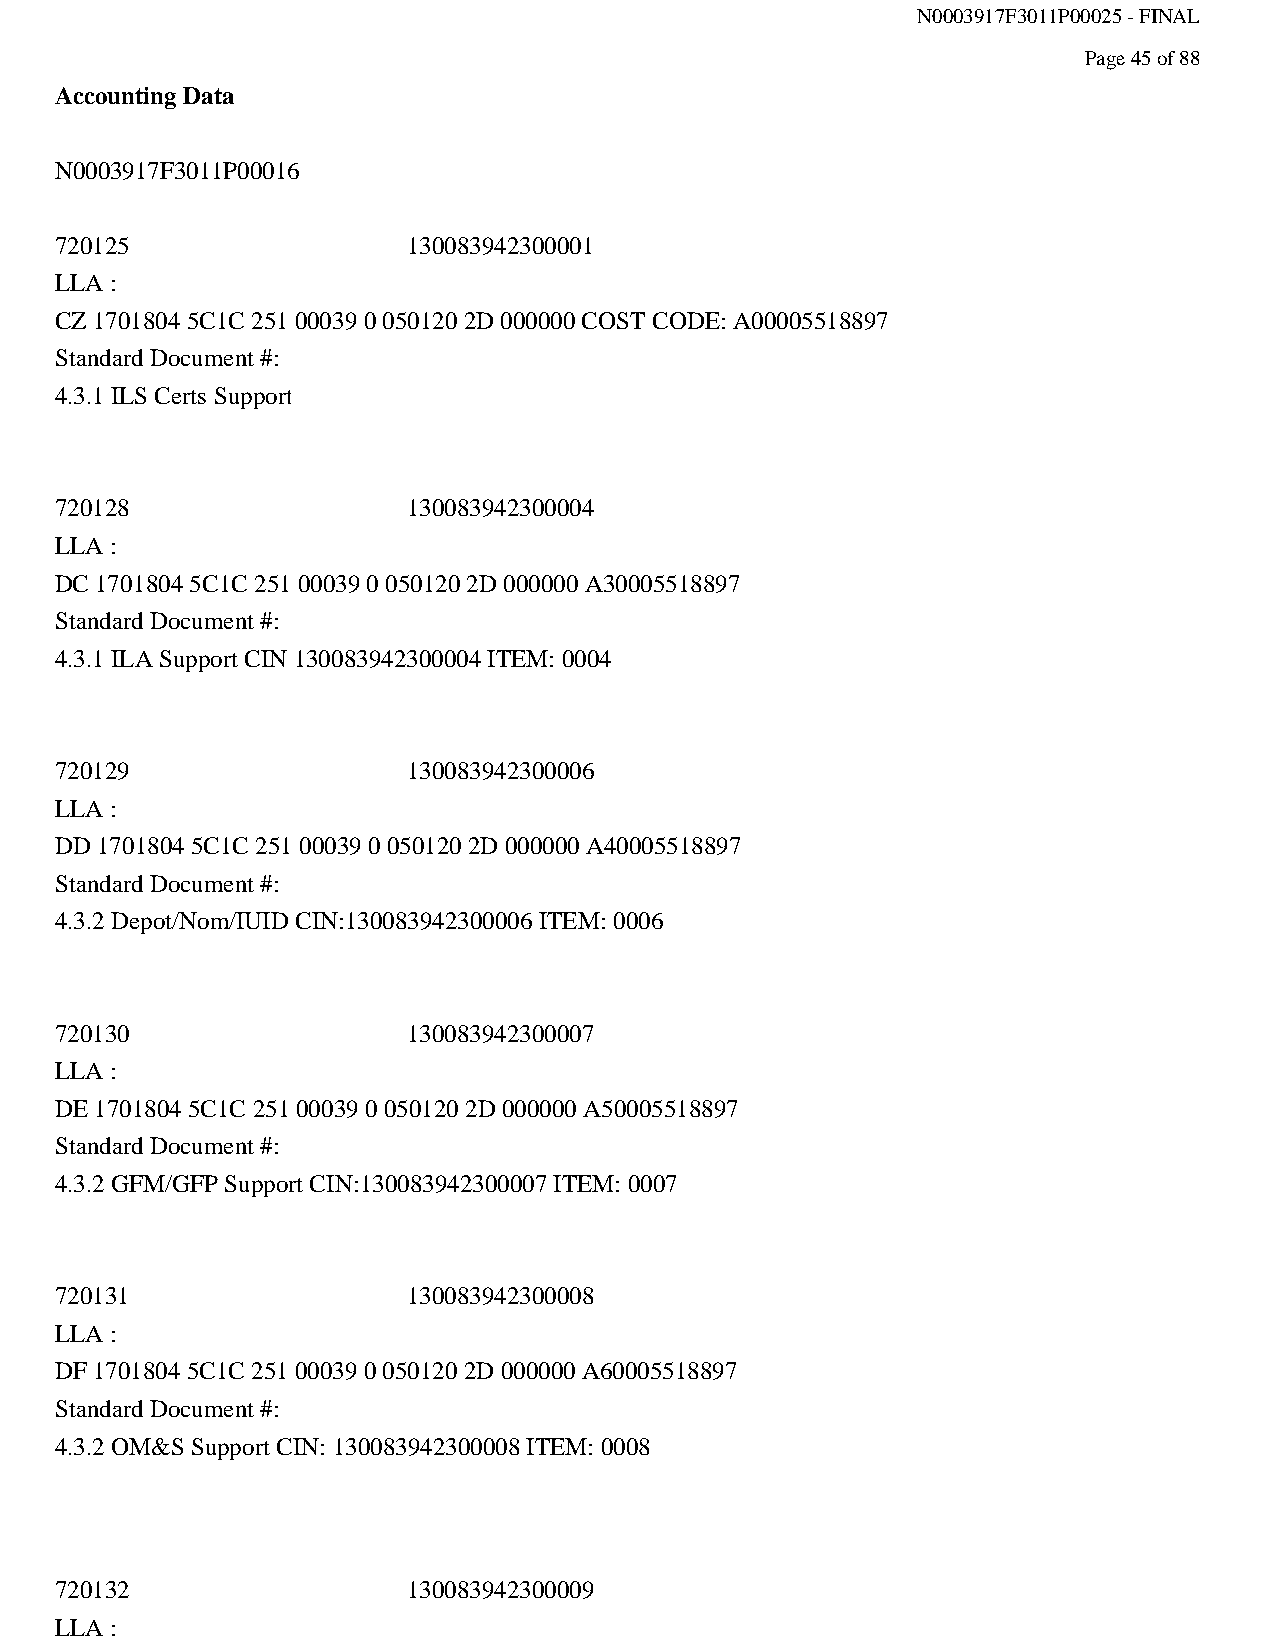
N0003917F3011P00025 - FINAL
 Page 45 of 88
 Accounting Data
 N0003917F3011P00016
 720125                 130083942300001
 LLA :
 CZ 1701804 5C1C 251 00039 0 050120 2D 000000 COST CODE: A00005518897
 Standard Document #:
 4.3.1 ILS Certs Support
 720128                 130083942300004
 LLA :
 DC 1701804 5C1C 251 00039 0 050120 2D 000000 A30005518897
 Standard Document #:
 4.3.1 ILA Support CIN 130083942300004 ITEM: 0004
 720129                 130083942300006
 LLA :
 DD 1701804 5C1C 251 00039 0 050120 2D 000000 A40005518897
 Standard Document #:
 4.3.2 Depot/Nom/IUID CIN:130083942300006 ITEM: 0006
 720130                 130083942300007
 LLA :
 DE 1701804 5C1C 251 00039 0 050120 2D 000000 A50005518897
 Standard Document #:
 4.3.2 GFM/GFP Support CIN:130083942300007 ITEM: 0007
 720131                 130083942300008
 LLA :
 DF 1701804 5C1C 251 00039 0 050120 2D 000000 A60005518897
 Standard Document #:
 4.3.2 OM&S Support CIN: 130083942300008 ITEM: 0008
 720132                 130083942300009
 LLA :